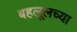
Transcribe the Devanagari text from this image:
बहलूलच्या